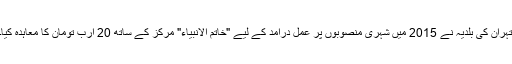
تہران کی بلدیہ نے 2015 میں شہری منصوبوں پر عمل درامد کے لیے "خاتم الانبیاء" مرکز کے ساتھ 20 ارب تومان کا معاہدہ کیا۔